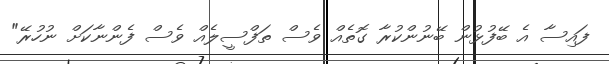
ފައިސާ އެ ބޭފުޅުން ބޭނުންކުރާ ގޮތެއް ވެސް ތަފްސީލެއް ވެސް ފެންނާކަށް ނުހުރޭ"